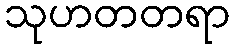
သုဟတတရာ